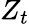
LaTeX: Z_{t}